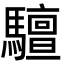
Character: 驙